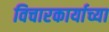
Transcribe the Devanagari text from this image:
विचारकार्याच्या